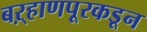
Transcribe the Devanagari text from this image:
बऱ्हाणपूरकडून